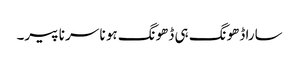
سارا ڈھونگ ہی ڈھونگ ہو نا سر نا پیر۔